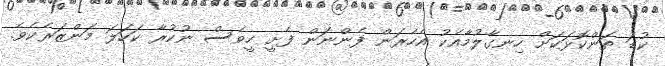
ކުޑަ ތަންކޮޅަކަށް ހިނގާލުމާއެކު އެހެރަން ފެންނަން ފެށީ ހީވެސް ނުކުރާ ކަހަލަ މަންޒަރެކެވެ.